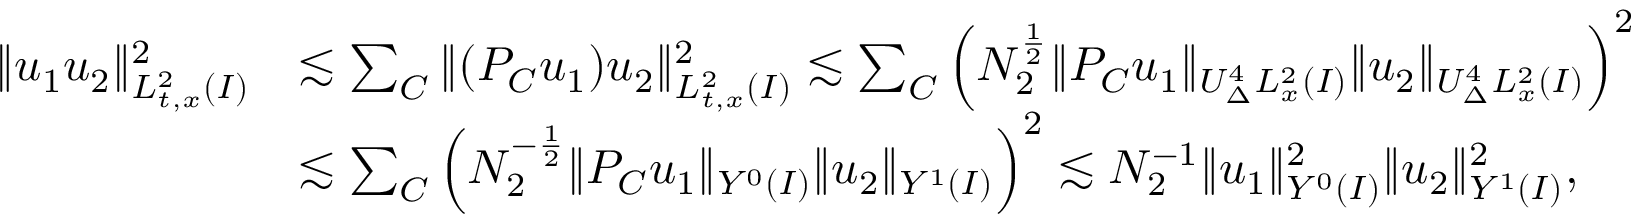
\begin{array} { r l } { \| u _ { 1 } u _ { 2 } \| _ { L _ { t , x } ^ { 2 } ( I ) } ^ { 2 } } & { \lesssim \sum _ { C } \| ( P _ { C } u _ { 1 } ) u _ { 2 } \| _ { L _ { t , x } ^ { 2 } ( I ) } ^ { 2 } \lesssim \sum _ { C } \left( N _ { 2 } ^ { \frac { 1 } { 2 } } \| P _ { C } u _ { 1 } \| _ { U _ { \Delta } ^ { 4 } L _ { x } ^ { 2 } ( I ) } \| u _ { 2 } \| _ { U _ { \Delta } ^ { 4 } L _ { x } ^ { 2 } ( I ) } \right) ^ { 2 } } \\ & { \lesssim \sum _ { C } \left( N _ { 2 } ^ { - \frac { 1 } { 2 } } \| P _ { C } u _ { 1 } \| _ { Y ^ { 0 } ( I ) } \| u _ { 2 } \| _ { Y ^ { 1 } ( I ) } \right) ^ { 2 } \lesssim N _ { 2 } ^ { - 1 } \| u _ { 1 } \| _ { Y ^ { 0 } ( I ) } ^ { 2 } \| u _ { 2 } \| _ { Y ^ { 1 } ( I ) } ^ { 2 } , } \end{array}